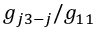
g _ { j 3 - j } / g _ { 1 1 }